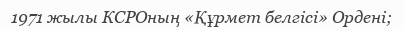
1971 жылы КСРОның «Құрмет белгісі» Ордені;